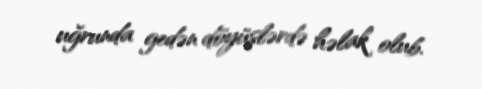
uğrunda gedən döyüşlərdə həlak olub.